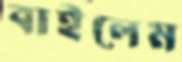
বাইলেম